Black-water fever - Number 35
Disease focus: Fever
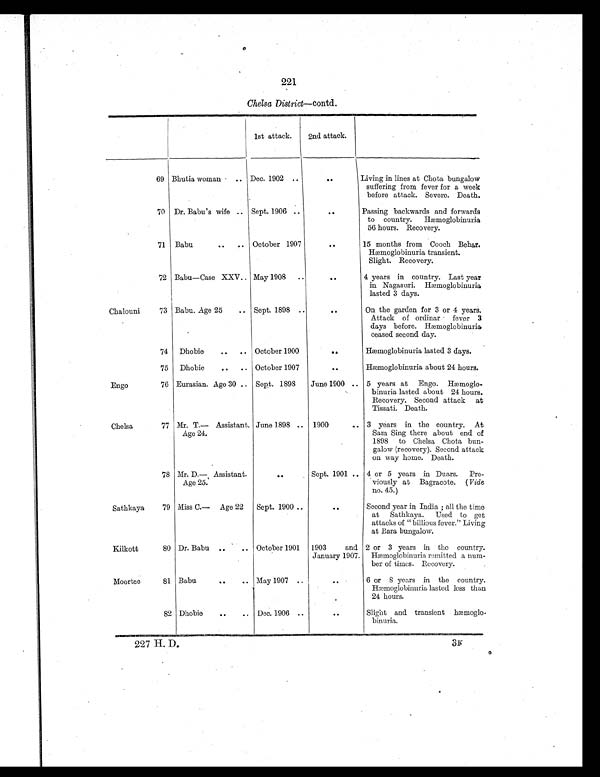
221
Chelsa District—contd.
1st attack.
2nd attack.
69 Bhutia woman .. Dec. 1902
. .
. . Living in lines at Chota bungalow
suffering from fever for a week
before attack. Severe. Death.
70 Dr. Babu's wife .. Sept. 1906 ..
. . Passing backwards and forwards
to country. Hæmoglobinuria
56 hours. Recovery.
71 Babu
..
..
October 1907
..
15 months from Cooch Behar.
Hæmoglobinuria transient.
Slight. Recovery.
72 Babu—Case XXV .. May 1908 ..
. .
4 years in country. Last year
in Nagasuri. Hæmoglobinuria
lasted 3 days.
Chalouni
73 Babu. Age 25
.. Sept. 1898 ..
..
On the garden for 3 or 4 years.
Attack of ordinar fever 3
days before. Hæmoglobinuria
ceased second day.
74 Dhobie
.. .. October 1900
..
Hæmoglobinuria lasted 3 days.
75 Dhobie
.. .. October 1907
..
Hæmoglobinuria about 24 hours.
Engo
76 Eurasian. Age 30 .. Sept. 1898 June 1900 .. 5 years at Engo. Hæmoglo-
binuria lasted about 24 hours.
Recovery. Second attack at
Tissati. Death.
Chelsa
77 Mr. T.— Assistant.
Age 24.
June 1898 .. 1900
.. 3 years in the country. At
Sam Sing there about end of
1898 to Chelsa Chota bun-
galow (recovery). Second attack
on way home. Death.
78 Mr. D.— Assistant.
Age 25.
. .
Sept. 1901 .. 4 or 5 years in Duars. Pre-
viously at Bagracote. ( Vide
no. 45.)
Sathkaya
79 Miss C.— Age 22 Sept. 1900 ..
. .Second year in India ; all the time
at Sathkaya. Used to get
attacks of "billious fever." Living
at Bara bungalow.
Kilkott
80 Dr. Babu ..
.. October 1901 1903 and
January 1907.
2 or 3 years in the country.
Hæmoglobinuria remitted a num-
ber of times. Recovery.
Moortee
81 Babu
. .
.. May 1907
. .
. .6 or 8 years in the country.
Hæmoglobinuria lasted less than
24 hours.
82 Dhobie
. .
.. Dec. 1906 ..
..
Slight and transient hæmoglo-
binuria.
227 H. D.
3K